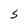
Character: S